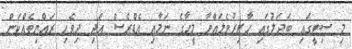
މި ސިޓީގައި ބަދަލުގައި ހާޒިރުވެލައްވާ މީހާގެ ނަމާއި އެޑްރެސް އަދި ދިވެހި ރައްޔިތެއްކަން